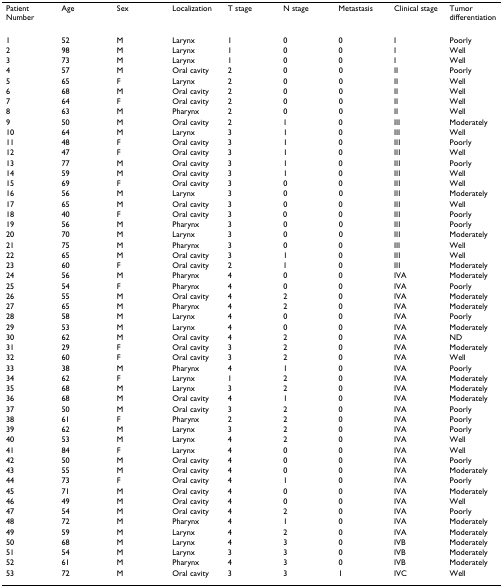
<table><thead><tr><td><b>Patient Number</b></td><td><b>Age</b></td><td><b>Sex</b></td><td><b>Localization</b></td><td><b>T stage</b></td><td><b>N stage</b></td><td><b>Metastasis</b></td><td><b>Clinical stage</b></td><td><b>Tumor differentiation</b></td></tr></thead><tbody><tr><td>1</td><td>52</td><td>M</td><td>Larynx</td><td>1</td><td>0</td><td>0</td><td>I</td><td>Poorly</td></tr><tr><td>2</td><td>98</td><td>M</td><td>Larynx</td><td>1</td><td>0</td><td>0</td><td>I</td><td>Well</td></tr><tr><td>3</td><td>73</td><td>M</td><td>Larynx</td><td>1</td><td>0</td><td>0</td><td>I</td><td>Well</td></tr><tr><td>4</td><td>57</td><td>M</td><td>Oral cavity</td><td>2</td><td>0</td><td>0</td><td>II</td><td>Poorly</td></tr><tr><td>5</td><td>65</td><td>F</td><td>Larynx</td><td>2</td><td>0</td><td>0</td><td>II</td><td>Well</td></tr><tr><td>6</td><td>68</td><td>M</td><td>Oral cavity</td><td>2</td><td>0</td><td>0</td><td>II</td><td>Well</td></tr><tr><td>7</td><td>64</td><td>F</td><td>Oral cavity</td><td>2</td><td>0</td><td>0</td><td>II</td><td>Well</td></tr><tr><td>8</td><td>63</td><td>M</td><td>Pharynx</td><td>2</td><td>0</td><td>0</td><td>II</td><td>Well</td></tr><tr><td>9</td><td>50</td><td>M</td><td>Oral cavity</td><td>2</td><td>1</td><td>0</td><td>III</td><td>Moderately</td></tr><tr><td>10</td><td>64</td><td>M</td><td>Larynx</td><td>3</td><td>1</td><td>0</td><td>III</td><td>Well</td></tr><tr><td>11</td><td>48</td><td>F</td><td>Oral cavity</td><td>3</td><td>1</td><td>0</td><td>III</td><td>Poorly</td></tr><tr><td>12</td><td>47</td><td>F</td><td>Oral cavity</td><td>3</td><td>1</td><td>0</td><td>III</td><td>Well</td></tr><tr><td>13</td><td>77</td><td>M</td><td>Oral cavity</td><td>3</td><td>1</td><td>0</td><td>III</td><td>Poorly</td></tr><tr><td>14</td><td>59</td><td>M</td><td>Oral cavity</td><td>3</td><td>1</td><td>0</td><td>III</td><td>Well</td></tr><tr><td>15</td><td>69</td><td>F</td><td>Oral cavity</td><td>3</td><td>0</td><td>0</td><td>III</td><td>Well</td></tr><tr><td>16</td><td>56</td><td>M</td><td>Larynx</td><td>3</td><td>0</td><td>0</td><td>III</td><td>Moderately</td></tr><tr><td>17</td><td>65</td><td>M</td><td>Oral cavity</td><td>3</td><td>0</td><td>0</td><td>III</td><td>Well</td></tr><tr><td>18</td><td>40</td><td>F</td><td>Oral cavity</td><td>3</td><td>0</td><td>0</td><td>III</td><td>Poorly</td></tr><tr><td>19</td><td>56</td><td>M</td><td>Pharynx</td><td>3</td><td>0</td><td>0</td><td>III</td><td>Poorly</td></tr><tr><td>20</td><td>70</td><td>M</td><td>Larynx</td><td>3</td><td>0</td><td>0</td><td>III</td><td>Moderately</td></tr><tr><td>21</td><td>75</td><td>M</td><td>Pharynx</td><td>3</td><td>0</td><td>0</td><td>III</td><td>Well</td></tr><tr><td>22</td><td>65</td><td>M</td><td>Oral cavity</td><td>3</td><td>1</td><td>0</td><td>III</td><td>Well</td></tr><tr><td>23</td><td>60</td><td>F</td><td>Oral cavity</td><td>2</td><td>1</td><td>0</td><td>III</td><td>Moderately</td></tr><tr><td>24</td><td>56</td><td>M</td><td>Pharynx</td><td>4</td><td>0</td><td>0</td><td>IVA</td><td>Moderately</td></tr><tr><td>25</td><td>54</td><td>F</td><td>Pharynx</td><td>4</td><td>0</td><td>0</td><td>IVA</td><td>Poorly</td></tr><tr><td>26</td><td>55</td><td>M</td><td>Oral cavity</td><td>4</td><td>2</td><td>0</td><td>IVA</td><td>Moderately</td></tr><tr><td>27</td><td>65</td><td>M</td><td>Pharynx</td><td>4</td><td>2</td><td>0</td><td>IVA</td><td>Moderately</td></tr><tr><td>28</td><td>58</td><td>M</td><td>Larynx</td><td>4</td><td>0</td><td>0</td><td>IVA</td><td>Poorly</td></tr><tr><td>29</td><td>53</td><td>M</td><td>Larynx</td><td>4</td><td>0</td><td>0</td><td>IVA</td><td>Moderately</td></tr><tr><td>30</td><td>62</td><td>M</td><td>Oral cavity</td><td>4</td><td>2</td><td>0</td><td>IVA</td><td>ND</td></tr><tr><td>31</td><td>29</td><td>F</td><td>Oral cavity</td><td>3</td><td>2</td><td>0</td><td>IVA</td><td>Moderately</td></tr><tr><td>32</td><td>60</td><td>F</td><td>Oral cavity</td><td>3</td><td>2</td><td>0</td><td>IVA</td><td>Well</td></tr><tr><td>33</td><td>38</td><td>M</td><td>Pharynx</td><td>4</td><td>1</td><td>0</td><td>IVA</td><td>Poorly</td></tr><tr><td>34</td><td>62</td><td>F</td><td>Larynx</td><td>1</td><td>2</td><td>0</td><td>IVA</td><td>Moderately</td></tr><tr><td>35</td><td>68</td><td>M</td><td>Larynx</td><td>3</td><td>2</td><td>0</td><td>IVA</td><td>Moderately</td></tr><tr><td>36</td><td>68</td><td>M</td><td>Oral cavity</td><td>4</td><td>1</td><td>0</td><td>IVA</td><td>Moderately</td></tr><tr><td>37</td><td>50</td><td>M</td><td>Oral cavity</td><td>3</td><td>2</td><td>0</td><td>IVA</td><td>Poorly</td></tr><tr><td>38</td><td>61</td><td>F</td><td>Pharynx</td><td>2</td><td>2</td><td>0</td><td>IVA</td><td>Poorly</td></tr><tr><td>39</td><td>62</td><td>M</td><td>Larynx</td><td>3</td><td>2</td><td>0</td><td>IVA</td><td>Poorly</td></tr><tr><td>40</td><td>53</td><td>M</td><td>Larynx</td><td>4</td><td>2</td><td>0</td><td>IVA</td><td>Well</td></tr><tr><td>41</td><td>84</td><td>F</td><td>Larynx</td><td>4</td><td>0</td><td>0</td><td>IVA</td><td>Well</td></tr><tr><td>42</td><td>50</td><td>M</td><td>Oral cavity</td><td>4</td><td>0</td><td>0</td><td>IVA</td><td>Poorly</td></tr><tr><td>43</td><td>55</td><td>M</td><td>Oral cavity</td><td>4</td><td>0</td><td>0</td><td>IVA</td><td>Moderately</td></tr><tr><td>44</td><td>73</td><td>F</td><td>Oral cavity</td><td>4</td><td>1</td><td>0</td><td>IVA</td><td>Poorly</td></tr><tr><td>45</td><td>71</td><td>M</td><td>Oral cavity</td><td>4</td><td>0</td><td>0</td><td>IVA</td><td>Moderately</td></tr><tr><td>46</td><td>49</td><td>M</td><td>Oral cavity</td><td>4</td><td>0</td><td>0</td><td>IVA</td><td>Well</td></tr><tr><td>47</td><td>54</td><td>M</td><td>Oral cavity</td><td>4</td><td>2</td><td>0</td><td>IVA</td><td>Poorly</td></tr><tr><td>48</td><td>72</td><td>M</td><td>Pharynx</td><td>4</td><td>1</td><td>0</td><td>IVA</td><td>Moderately</td></tr><tr><td>49</td><td>59</td><td>M</td><td>Larynx</td><td>4</td><td>2</td><td>0</td><td>IVA</td><td>Moderately</td></tr><tr><td>50</td><td>68</td><td>M</td><td>Larynx</td><td>4</td><td>3</td><td>0</td><td>IVB</td><td>Moderately</td></tr><tr><td>51</td><td>54</td><td>M</td><td>Larynx</td><td>3</td><td>3</td><td>0</td><td>IVB</td><td>Moderately</td></tr><tr><td>52</td><td>61</td><td>M</td><td>Pharynx</td><td>4</td><td>3</td><td>0</td><td>IVB</td><td>Moderately</td></tr><tr><td>53</td><td>72</td><td>M</td><td>Oral cavity</td><td>3</td><td>3</td><td>1</td><td>IVC</td><td>Well</td></tr></tbody></table>